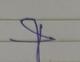
Signature authenticity: forged